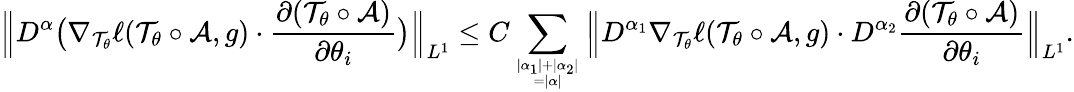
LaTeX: \Big\| D^{\alpha}\big(\nabla_{\mathcal T_{\theta}}\ell(\mathcal T_{\theta}\circ\mathcal A,g)\cdot\frac{\partial(\mathcal T_{\theta}\circ\mathcal A)}{\partial\theta_{i}}\big)\Big\| _{L^{1}}\leq C\sum_{|\alpha_{1}|+|\alpha_{2}|\atop=|\alpha|}\Big\| D^{\alpha_{1}}\nabla_{\mathcal T_{\theta}}\ell(\mathcal T_{\theta}\circ\mathcal A,g)\cdot D^{\alpha_{2}}\frac{\partial(\mathcal T_{\theta}\circ\mathcal A)}{\partial\theta_{i}}\Big\| _{L^{1}}.